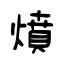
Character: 燌